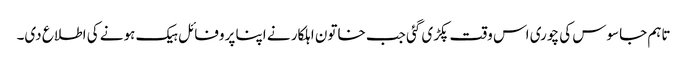
تاہم جاسوس کی چوری اس وقت پکڑی گئی جب خاتون اہلکار نے اپنا پروفائل ہیک ہونے کی اطلاع دی۔